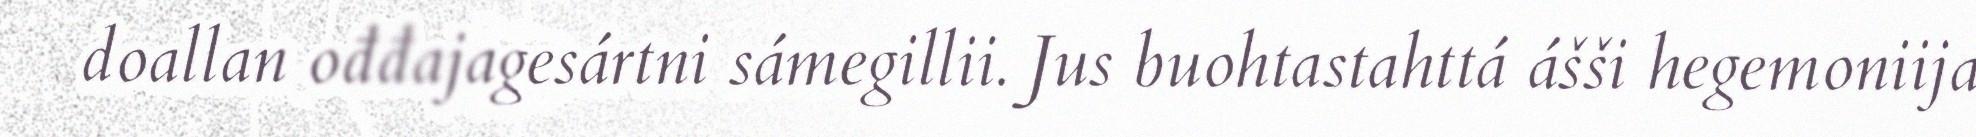
doallan ođđajagesártni sámegillii. Jus buohtastahttá ášši hegemoniija